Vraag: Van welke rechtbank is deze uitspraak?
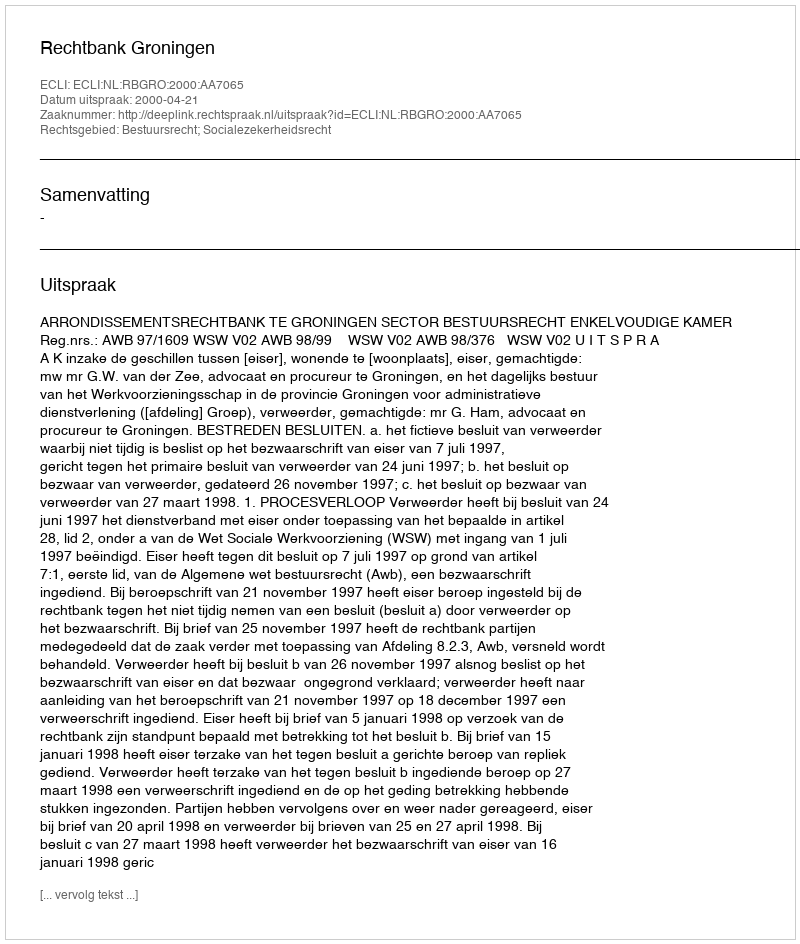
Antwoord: Rechtbank Groningen